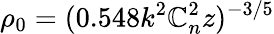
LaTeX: \rho_{0}=(0.548k^{2}\mathbb{C}_{n}^{2}z)^{-3/5}